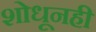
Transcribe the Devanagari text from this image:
शोधूनही